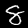
Digit: 8